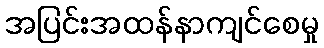
အပြင်းအထန်နာကျင်စေမှု